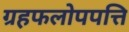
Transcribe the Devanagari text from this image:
ग्रहफलोपपत्ति